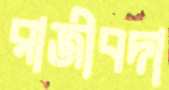
রাজীবদা